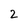
Character: 2